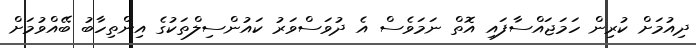
ދިއުމަށް ކުރިން ހަމަޖައްސާފައި އޮތް ނަމަވެސް އެ ދުވަސްވަރު ކައުންސިލްތަކުގެ އިންތިހާބު ބޭއްވުމަށް